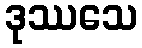
ဒုဿသေ